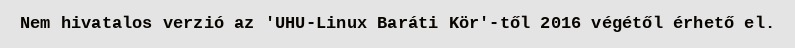
Nem hivatalos verzió az 'UHU-Linux Baráti Kör'-től 2016 végétől érhető el.